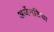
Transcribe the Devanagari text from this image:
अर्जेनटिया